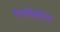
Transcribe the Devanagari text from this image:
एयरोस्टेट